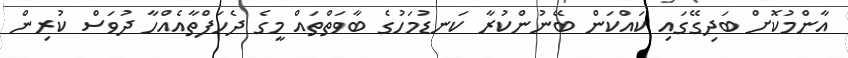
އާންމުކޮށް ބަދިގޭގައި ކައްކަން ބޭނުންކުރާ ކަނޑުމަހުގެ ބާވަތްތައް މީގެ ދެހަފްތާއެއްހާ ދުވަސް ކުރިން